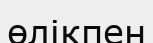
өлікпен